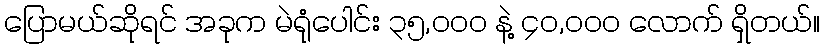
ပြောမယ်ဆိုရင် အခုက မဲရုံပေါင်း ၃၅,၀၀၀ နဲ့ ၄၀,၀၀၀ လောက် ရှိတယ်။